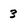
Character: 3